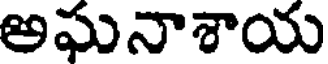
అఘనాశాయ